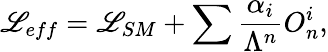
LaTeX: {\cal\mathscr{L}}_{eff}={\cal\mathscr{L}}_{SM}+\sum{\frac{{\alpha_{i}}}{{\Lambda^{n}}}}O_{n}^{i},